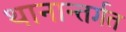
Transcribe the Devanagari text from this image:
थानान्तर्गत